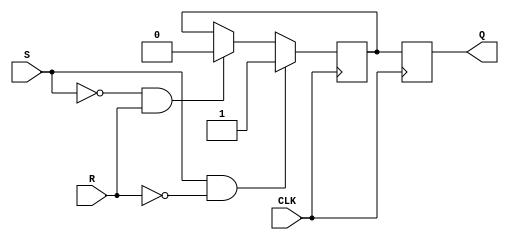
module sr_flipflop (
    input wire S, // Set input
    input wire R, // Reset input
    input wire CLK, // Clock input
    output reg Q // Output for stored data
);

reg master_Q, slave_Q;

// Master stage
always @ (posedge CLK) begin
    if (S & ~R) begin
        master_Q <= 1'b1;
    end else if (~S & R) begin
        master_Q <= 1'b0;
    end else begin
        master_Q <= master_Q;
    end
end

// Slave stage
always @ (posedge CLK) begin
    slave_Q <= master_Q;
end

assign Q = slave_Q;

endmodule